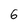
Character: 6